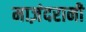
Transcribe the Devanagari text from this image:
माज़ंदरानी